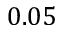
0 . 0 5